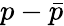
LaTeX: p-\bar{p}